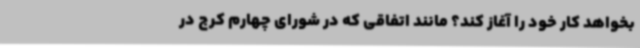
بخواهد کار خود را آغاز کند؟ مانند اتفاقی که در شورای چهارم کرج در